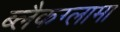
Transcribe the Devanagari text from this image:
ब्लैकग्लामा